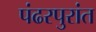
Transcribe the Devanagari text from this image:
पंढरपुरांत